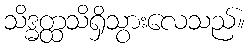
သိဒ္ဓတ္ထသိရှိသွားလေသည်။